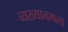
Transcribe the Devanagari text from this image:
व्यख्यानमाला